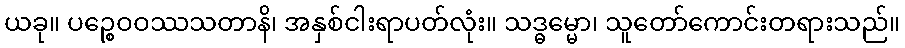
ယခု။ ပဉ္စေဝဝဿသတာနိ၊ အနှစ်ငါးရာပတ်လုံး။ သဒ္ဓမ္မော၊ သူတော်ကောင်းတရားသည်။